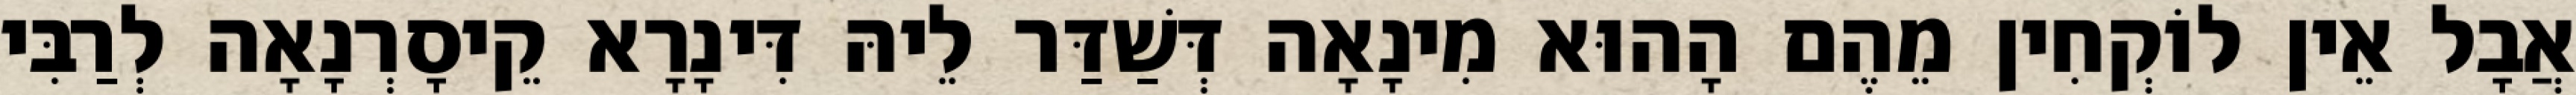
אֲבָל אֵין לוֹקְחִין מֵהֶם הָהוּא מִינָאָה דְּשַׁדַּר לֵיהּ דִּינָרָא קֵיסָרְנָאָה לְרַבִּי